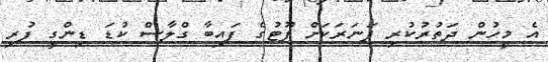
އެ މީހުން ދަތުރުކުރި ފަނަރަކަށް ފޫޓުގެ ފައިބާ ގްލާސް ކުޑަ ޑިންގީ ފުރި